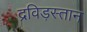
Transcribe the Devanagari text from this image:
द्रविड़स्तान